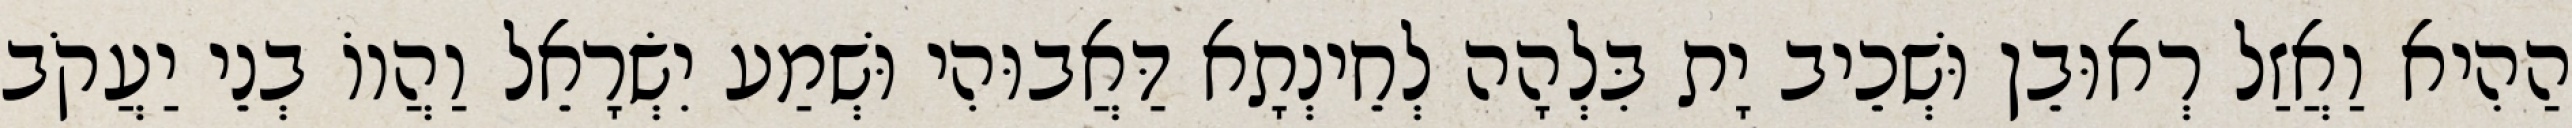
הַהִיא וַאֲזַל רְאוּבֵן וּשְׁכֵיב יָת בִּלְהָה לְחֵינְתָא דַּאֲבוּהִי וּשְׁמַע יִשְׂרָאֵל וַהֲווֹ בְנֵי יַעֲקֹב